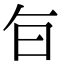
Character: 𭥍